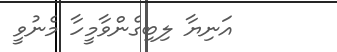
އަނިޔާ ލިބިގެންވާމީހާ މެނުވީ